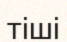
тіші